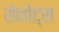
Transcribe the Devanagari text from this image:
सेनोट्स